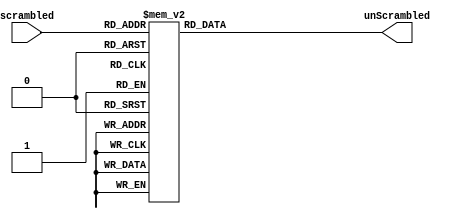

//  ECE6370
// Application : This will map every number between 0 to 15 to someother unique number between 0 to 15. This mapping will be done in accordance to index card.
module unscramble(scrambled,unScrambled);
	
	input [3:0]scrambled;
	output [3:0]unScrambled;
	reg [3:0]unScrambled;
	
	always @(scrambled)
		begin
			case(scrambled)
				4'b0000: begin unScrambled =4'b1101;end
				4'b0001: begin unScrambled =4'b0111;end
				4'b0010: begin unScrambled =4'b0100;end
				4'b0011: begin unScrambled =4'b0000;end
				4'b0100: begin unScrambled =4'b1111;end
				4'b0101: begin unScrambled =4'b1000;end
				4'b0110: begin unScrambled =4'b0001;end
				4'b0111: begin unScrambled =4'b1100;end
				4'b1000: begin unScrambled =4'b0110;end
				4'b1001: begin unScrambled =4'b1110;end
				4'b1010: begin unScrambled =4'b0011;end
				4'b1011: begin unScrambled =4'b1010;end
				4'b1100: begin unScrambled =4'b0101;end
				4'b1101: begin unScrambled =4'b0010;end
				4'b1110: begin unScrambled =4'b1001;end
				4'b1111: begin unScrambled =4'b1011;end
				default: begin unScrambled =4'b0000;end
			endcase	
		end
endmodule